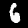
Label: 6